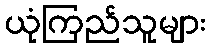
ယုံကြည်သူများ